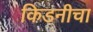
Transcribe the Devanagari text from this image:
किडनीचा